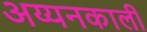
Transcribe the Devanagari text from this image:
अय्यनकाली